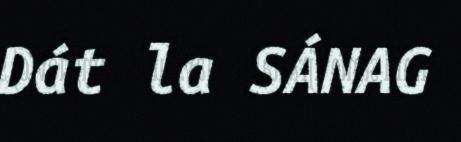
Dát la SÁNAG